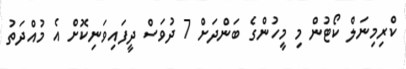
ކްރިމިނަލް ކޯޓުން މި މީހުންގެ ބަންދަށް 7 ދުވަސް ދީފައިވަނިކޮށް އެ މުއްދަތު